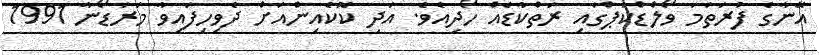
އޭނާގެ ފުރަތަމަ ވޯލްޑްކަޕްގައި ރަތްކާޑެއް ހޯދިއެވެ. އަދި ކޮކެއިންއަށް ދެވިހިފައިވާ މަރަޑޯނާ 1991